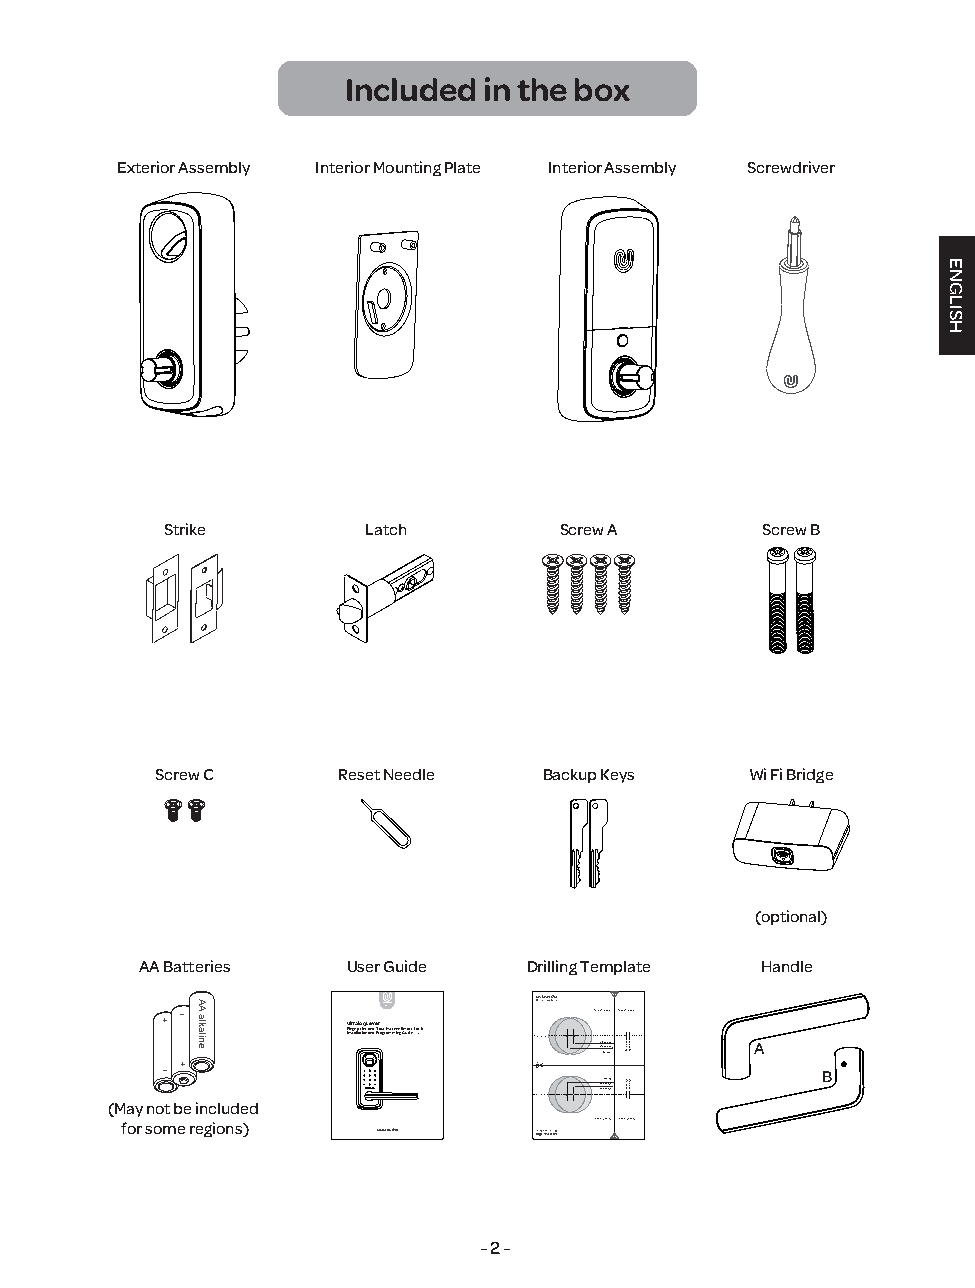
Included in the box
 Exterior Assembly Interior Mounting Plate Interior Assembly Screwdriver
 Strike       Latch        Screw A      Screw B
 Screw C     Reset Needle  Backup Keys   Wi Fi Bridge
 (optional)
 AA Batteries  User Guide  Drilling Template Handle
 Drill Template( V1.5) Fold
 + -         Ultraloq Lever  Face of the door Edge of the door
 FIninstgaelrlaptriionnt aanndd TPorougcrhasmcrmeienng SGmuaidret L( Vo1.1 )ck
 Centerline 22 33//48 B ””((a67c00 k mm smm et)) A
 +
 -                                          B
 enilretneC
 ))mmmmte 00s 67k((c”” 48a//33B 22
 (May not be included
 for some regions)              rood eht fo ecaF rood eht fo egdE
 ) 5.1V(etalpmeT llirD dloF
 - 2 -
 AA
 alkaline
 ))mmmm 4543((””48//3311
 1133//48””((3454 mmmm))
 ENGLISH